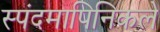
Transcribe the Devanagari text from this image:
स्पंदमापिनिकले